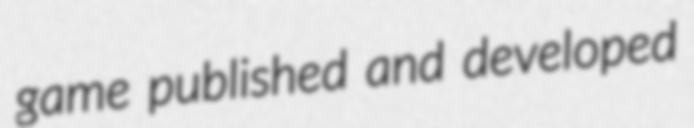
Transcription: game published and developed